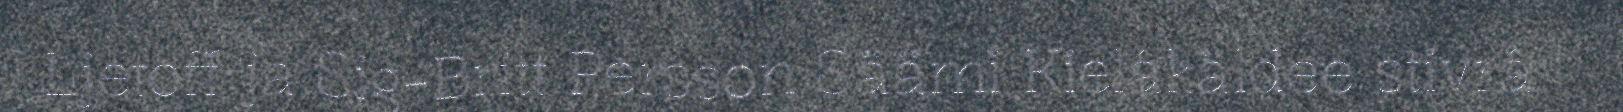
Ljetoff já Sig-Britt Persson Säämi Kielâkäldee stivrâ